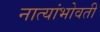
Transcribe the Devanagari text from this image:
नात्यांभोवती